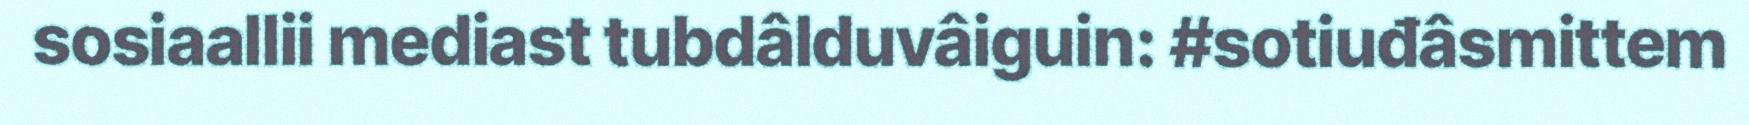
sosiaallii mediast tubdâlduvâiguin: #sotiuđâsmittem